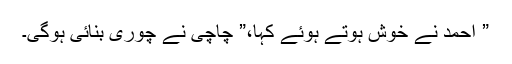
” احمد نے خوش ہوتے ہوئے کہا،” چاچی نے چوری بنائی ہوگی۔